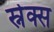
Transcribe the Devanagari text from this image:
स्नेक्स